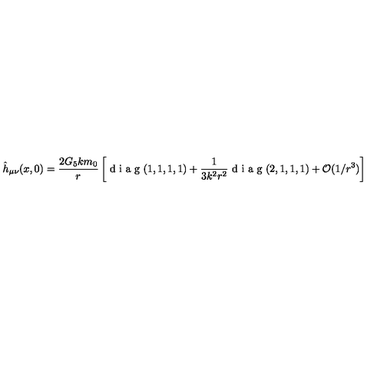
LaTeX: \hat { h } _ { \mu \nu } ( x , 0 ) = \frac { 2 G _ { 5 } k m _ { 0 } } { r } \left[ \textrm { d i a g } ( 1 , 1 , 1 , 1 ) + \frac { 1 } { 3 k ^ { 2 } r ^ { 2 } } \textrm { d i a g } ( 2 , 1 , 1 , 1 ) + \mathcal { O } ( 1 / r ^ { 3 } ) \right]